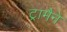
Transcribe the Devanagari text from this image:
ट्रामैने